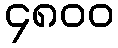
၄၈၀၀